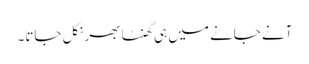
آنے جانے میں ہی گھنٹا بھر نکل جاتا۔